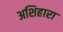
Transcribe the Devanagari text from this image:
अशिहारा